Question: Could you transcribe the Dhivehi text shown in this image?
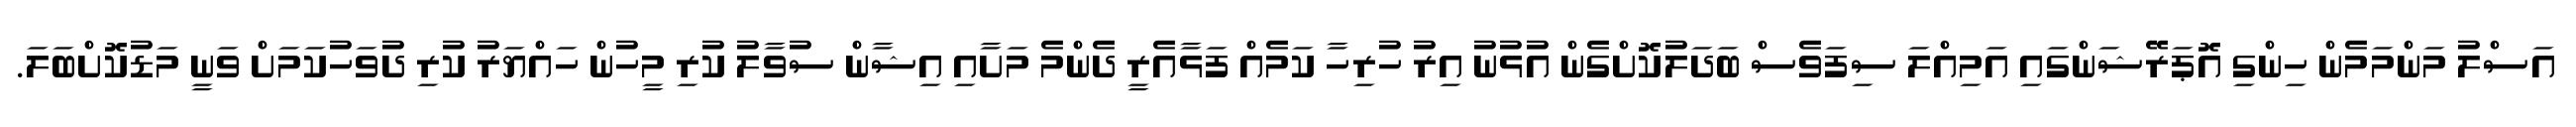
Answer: އަސްލު މަންމަމެން ހިންގި އޮޕަރޭޝަންގައި އަމިއްލަ ސިފަވެސް ބަދަލުކޮށްގެން އުޅުނު އިރު ހުރިހާ ކަމެއް ފަޅާއެރީ ދެންމެ މަށާއި އިޝާން ސުވާލު ކުރި މީހުން ހައްޔަރު ކުރި ދުވަހުކަމަށް ވަނީ މަޑުކޮށްބަލަ.